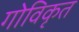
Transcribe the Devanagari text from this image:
गोविकृत